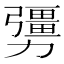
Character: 𠣃